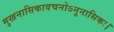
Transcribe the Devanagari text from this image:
मुखनासिकावचनोऽनुनासिकः।